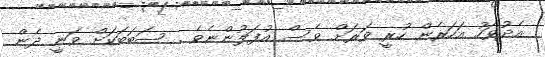
އެދުވަހު އަހަރެން ހުރީ ވަރަށް ވެސް އުފަލުންނެވެ . ސަބަބަކަށް ވަނީ ދެން